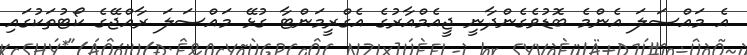
އެ މައްސަލަ އެންމެ ބޮޑުވެގެންދާނީ ޖީއެމްއާރުގެ އެގްރީމަންޓާ ގުޅޭ މައްސަލަ ރާއްޖޭގެ ކޯޓުތަކުގައި